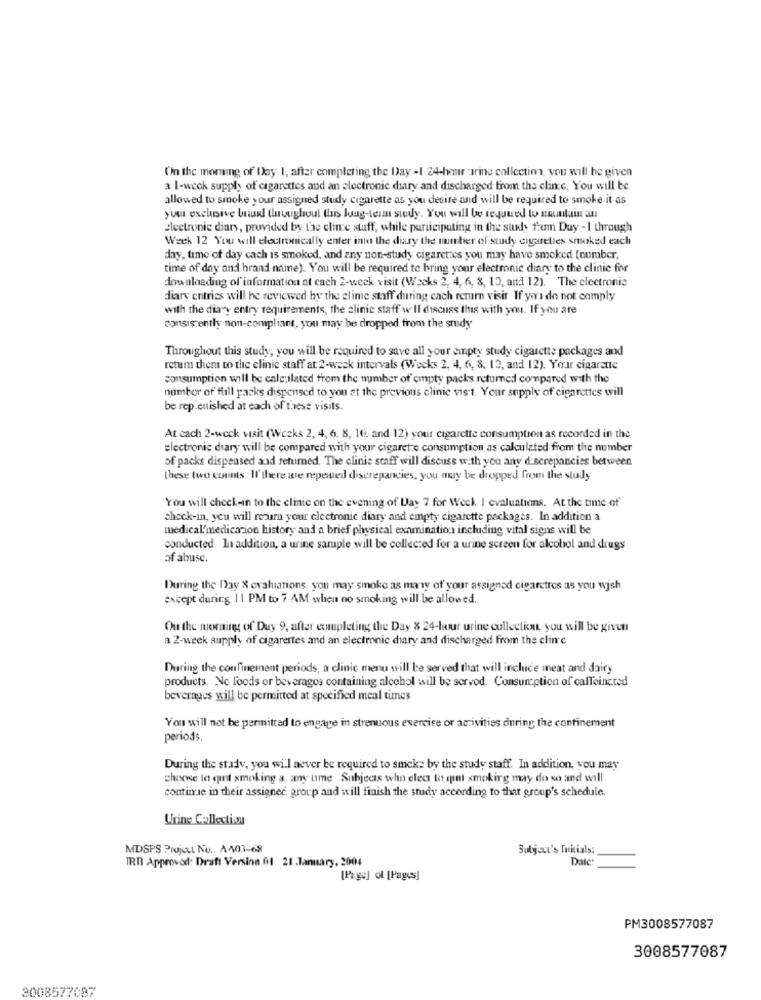
(In the morning of Day I, after completing the Day -I 24-hour urine collection, you will be given
a 1-weck supply of cigarettes and an electronic diary and discharged from the clinic. You will be
allowed to smoke your assigned study cigarette as you desire and will be required to smoke it as
you exclusive brudd thoughout this long-term study. You will be required to mountain au
Electronic diary, provided by tae clime stuff, while participating in the study from Day -1 through
Week 12 You will electronically enter into the diary the number of study cigarettes smoked each
day, time of day cach is smoked, and any non-study cigaretzes you may have smoked (number,
time of day and brand name). You will be required to bring your electronic diary to the clinic for
downloading of information at cach 2-week visit (Wscks 2, 4, 6, 8, 13, and 12). The electronic
diary entries will he reviewed by the clinic staff during cach return visit If you do not comply
with the diary entry requirements, the clinic staff w'Il discuss this with you. If you are
consistently non-compliant, you may be dropped from the study
Throughout this study, you will be required to save all your empty study cigarette packages and
retum them to the clinic staff at 2-week intervals (Weeks 2, 4, 6, 8, 13, and 12). Your cigarette
consumption will be calculated from the number of empty packs returned compared with the
number of full packs dispensed to you at the previous clinic vist. Your supply of cigarettes will
be replenished at each of these visits.
At cach 2-weck visit (Weeks 2, 4, 6. 8, 10. and 12) your cigarette consumption as recorded in the
electronic diary will be compared with your cigaret e consumption as calculated from the number
of packs dispensed and returned. The clinic staff will discuss with you any discrepancies between
these two counts. If there are repented discrepancies, you may be dropped from the study
You will check-in to the clinic on the evening of Day 7 for Weck I evaluations. At the time of
check-in, you will return your electronic diary and empty cigarette packages. In addition a
medical'medicacion history and a brief physical examination including vital signs will be
conducted. In addition, a urine sample will be collected for a urine screen for alcohol and drugs
of abuse.
During the Day & evaluations, you may smoke as many of your assigned cigarettes as you wish
except during 11 PM to 7 AM when no smoking will be allowed.
Ou the morning of Day 9, after completing the Day 8 24-hour urine collection, you will be given
a 2-week supply of cigarertes and an electronic diary and discharged from the clin c
During the confinement periods, a clinic menu will be served that will incluce meat and dairy
products. No foods or beverages containing alcohol will be served. Consumption of caffeinated
beverages will be permitted at specified meal times
You will not be permitted to engage in strenuous exercice or activities during the confinement
periods.
During the study, you will never be required to smoke by the study staff. In addition, you may
choose la cint smoking a. any ume Subjects who elect to qnt smoking may do so and will
contime in their assigned group and will finish the study according to thar group's schedule.
Urine Collection
MDSPS Projut No .. A401-68
Subject's Initials:
TRT Approved: Draft Version 01 21 .January, 2004
Date
[Page] ol [Pages]
PM3008577087
3008577087
3008577087